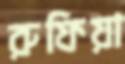
রুফিয়া